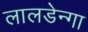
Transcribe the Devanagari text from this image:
लालडेन्गा